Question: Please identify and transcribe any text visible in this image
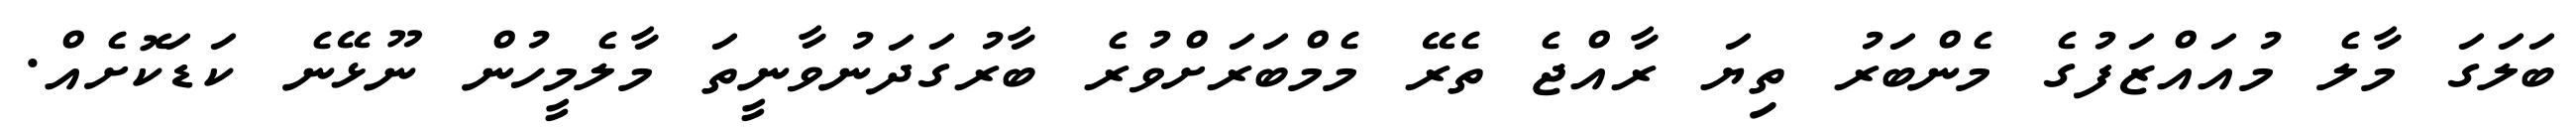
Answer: ބަލަގަ މާލެ މުއައްޒަފުގެ މެންބަރު ތިޔަ ރާއްޖެ ތެރޭ މެމްބަރަށްވުރެ ބާރުގަދަނުވާނީތަ މާލެމީހުން ނޫޅޭނެ ކަޑަކޮށެއް.